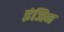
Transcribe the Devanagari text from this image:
इंजिन